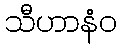
သီဟာနံဝ